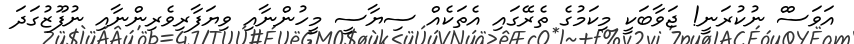
އަވަސްް ނުކުރަނީ! ޖަވާބަކީ މިކަމުގެ ތެރޭގައި އެތަކެއް ސިޔާސީ މީހުންނާއި ވިޔަފާރިވެެރިންނާއި ނުފޫޒުގަދަ